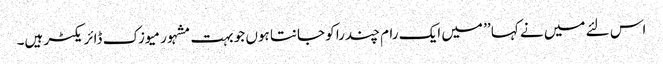
اس لئے میں نے کہا ’’ میں ایک رام چندرا کو جانتا ہوں جو بہت مشہور میوزک ڈائریکٹر ہیں۔